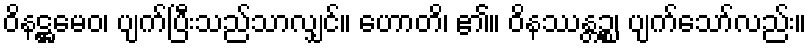
ဝိနဋ္ဌမေဝ၊ ပျက်ပြီးသည်သာလျှင်။ ဟောတိ၊ ၏။ ဝိနဿန္တဉ္စ၊ ပျက်သော်လည်း။